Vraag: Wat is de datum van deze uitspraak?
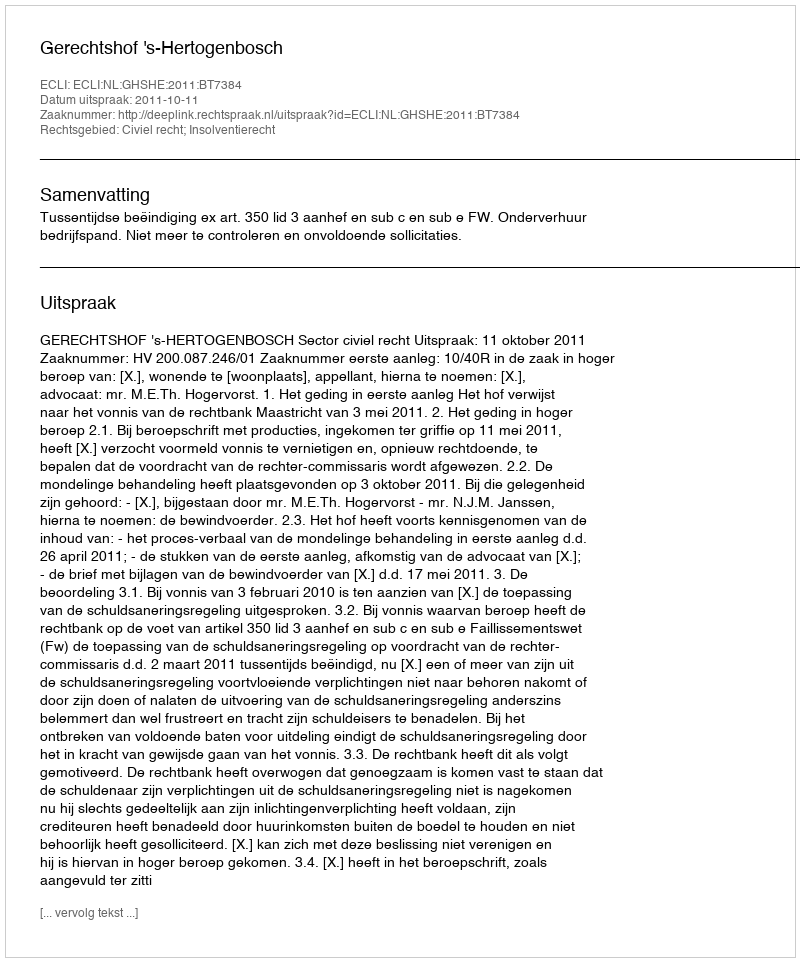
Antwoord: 2011-10-11